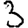
Digit: 3